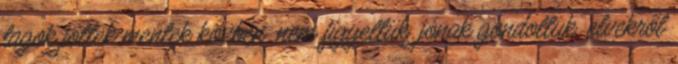
tagok jöttek mentek közben. nem figyeltük. jónak gondoltuk. elvekről